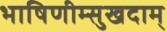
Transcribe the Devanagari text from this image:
भाषिणीम्सुखदाम्